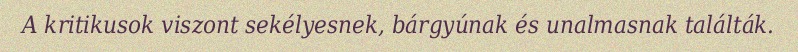
A kritikusok viszont sekélyesnek, bárgyúnak és unalmasnak találták.